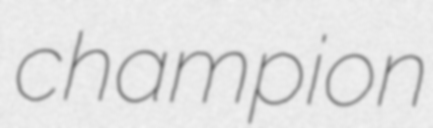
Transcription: champion